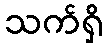
သက်ရှိ